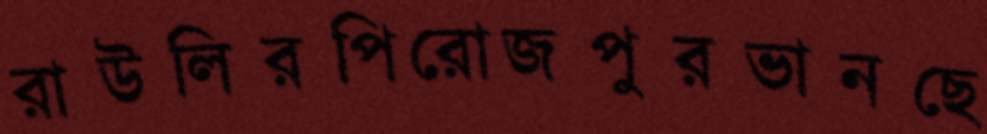
রাউলিরপিরোজপুরভানছে